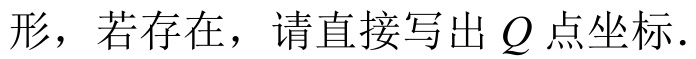
形，若存在，请直接写出\(Q\)点坐标.